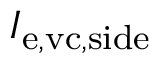
I _ { \mathrm { e , v c , s i d e } }